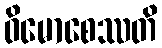
ဝိမောစေဿတိ